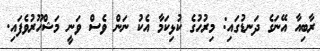
ރާބިއާ އޭނަގެ ދަނޑުގައި: މިރުހުގެ ކުޅިކަމާ އެކު ނަން ވެސް ވަނީ މަޝްހޫރުވެފައި.